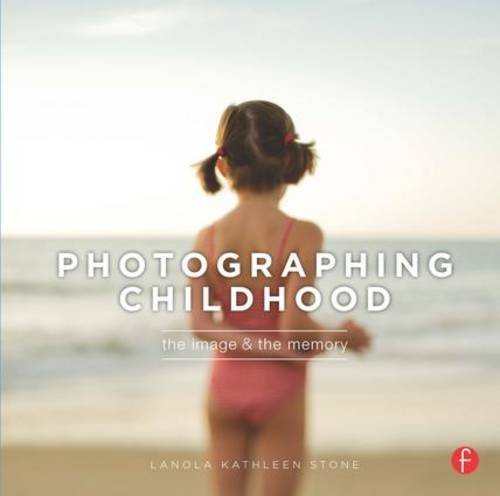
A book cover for Photographing Childhood: The Image and the Memory; LaNola Stone; Arts & Photography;